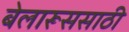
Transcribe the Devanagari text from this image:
बेलारूससाठी